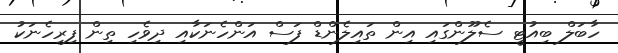
ހާބަލް ބިއުޓީ ސެލޫންގައި އިން ތައިލެންޑް ފަސް އަންހެނަކާއި ދިވެހި ތިން ފިރިހެނަކު